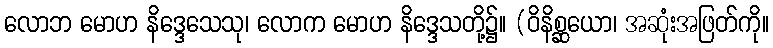
လောဘ မောဟ နိဒ္ဒေသေသု၊ လောက မောဟ နိဒ္ဒေသတို့၌။ (ဝိနိစ္ဆယော၊ အဆုံးအဖြတ်ကို။